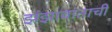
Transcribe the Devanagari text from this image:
झंझावाताची